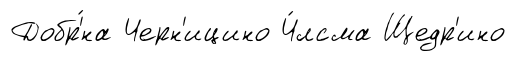
Добр'́на Черн'ицино Ч́лсма Щедр'ино